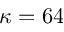
\kappa = 6 4